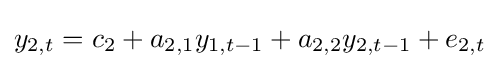
y_{2,t}=c_{2}+a_{2,1}y_{1,t-1}+a_{2,2}y_{2,t-1}+e_{2,t}